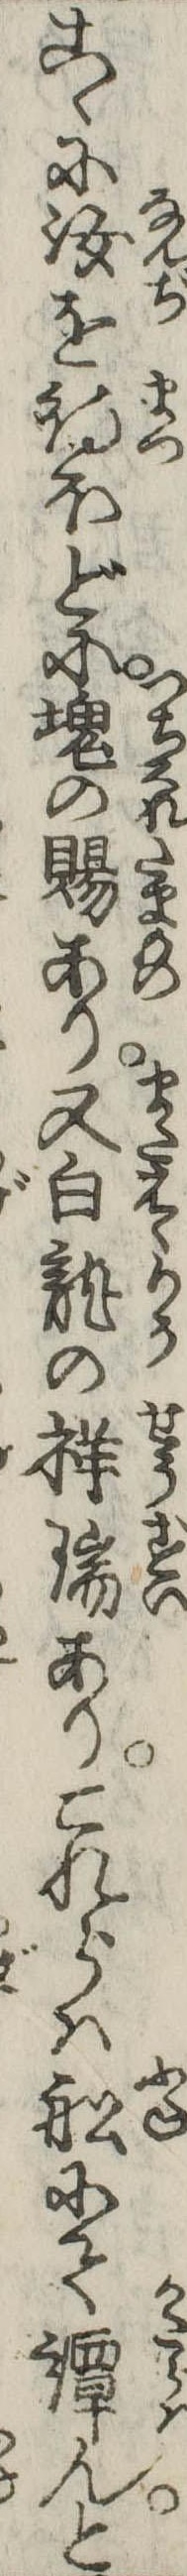
こゝに汝を待ほどに塊の賜あり又白竜の祥瑞ありこれらは船にて譚んと